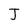
Character: J